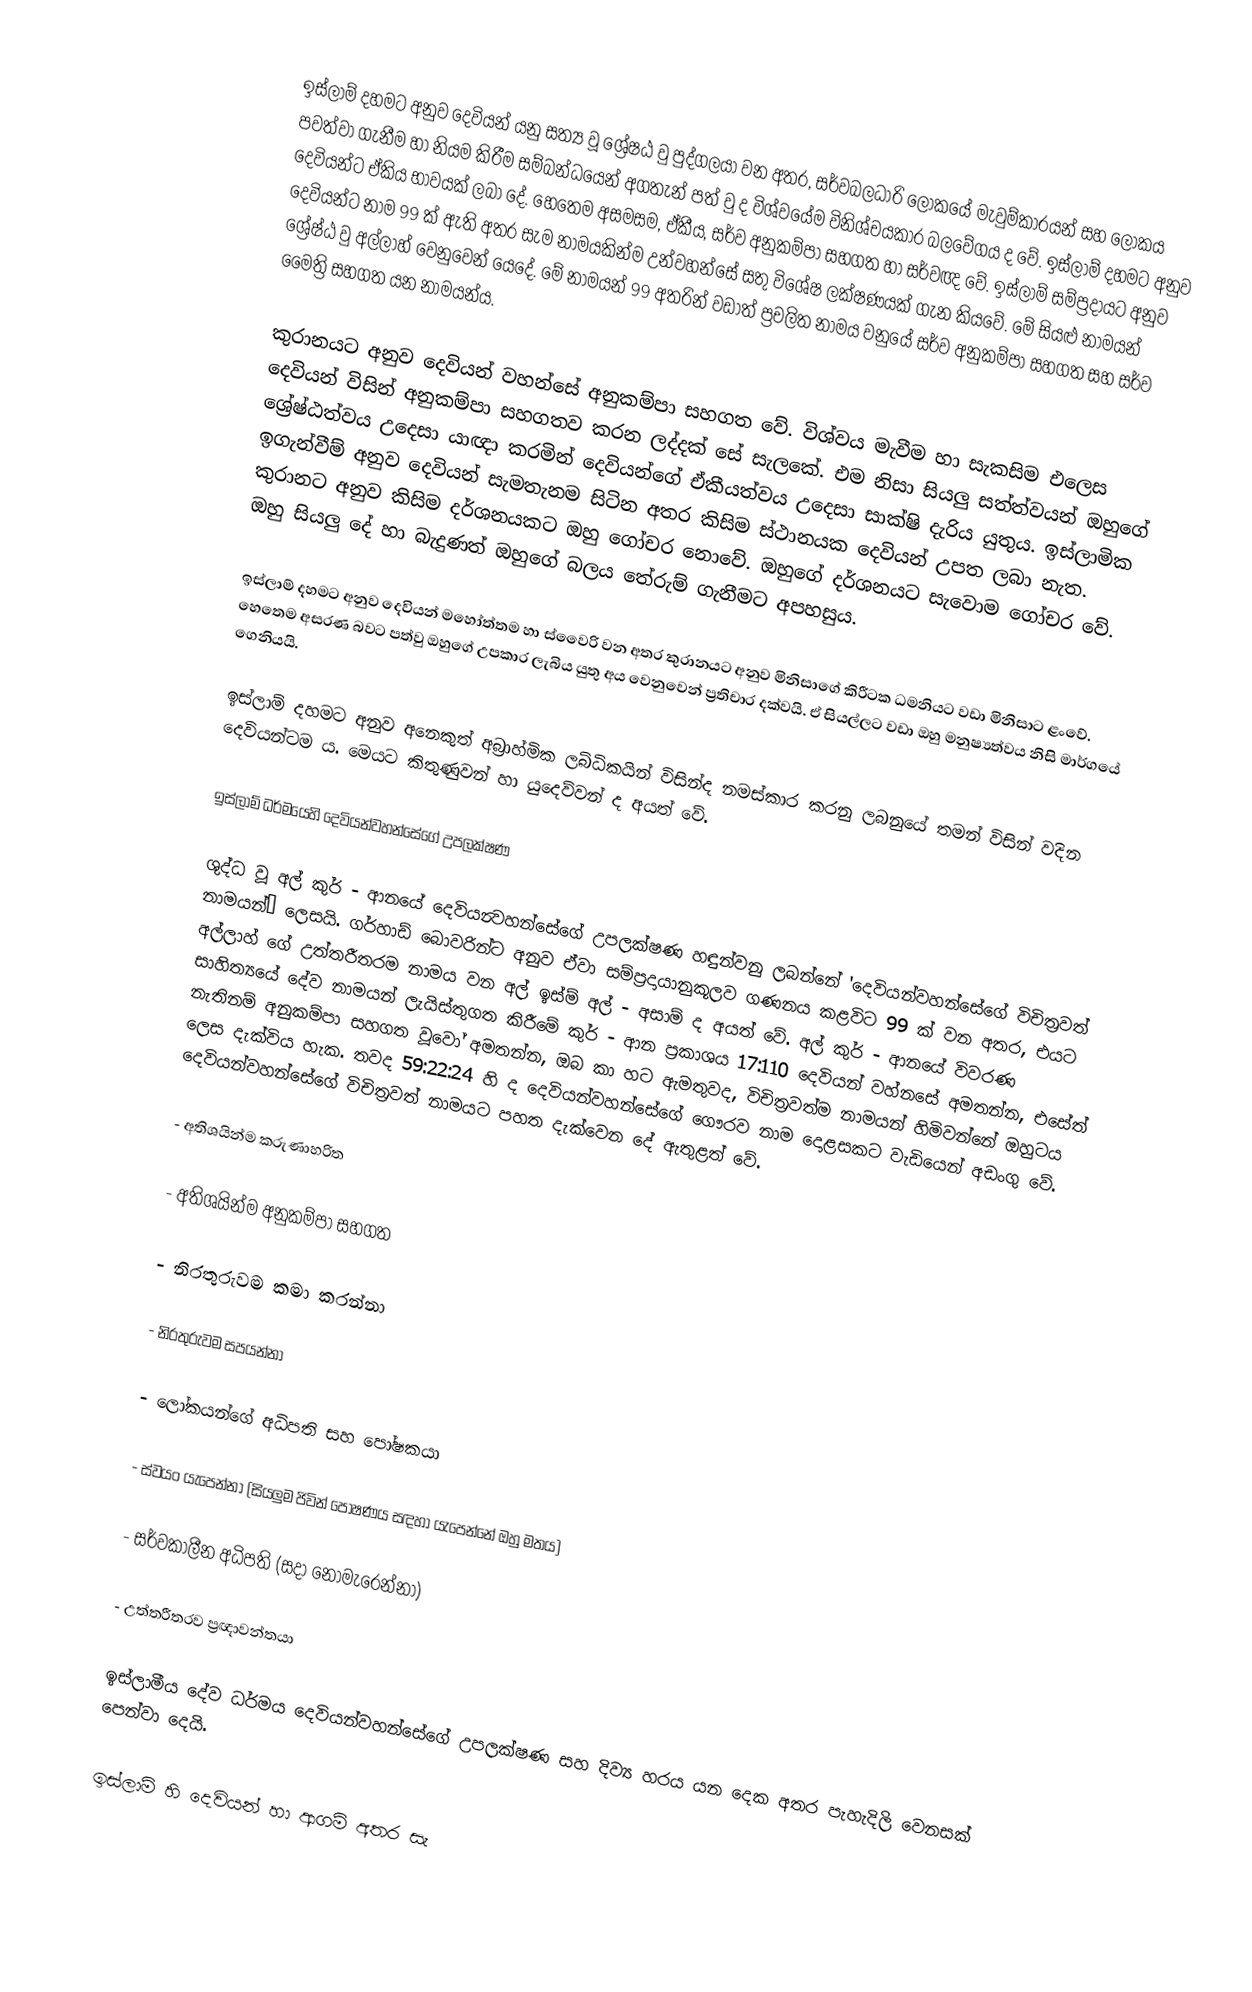
ඉස්ලාම් දහමට අනුව දෙවියන් යනු සත්‍ය වූ ශ්‍රේෂඨ වු පුද්ගලයා වන අතර, සර්වබලධාරි ලෝකයේ මැවුම්කාරයන් සහ ලෝකය පවත්වා ගැනීම හා නියම කිරීම සම්බන්ධයෙන් අගතැන් පත් වු ද විශ්වයේම විනිශ්චයකාර බලවේගය ද වේ. ඉස්ලාම් දහමට අනුව දෙවියන්ට ඒකිය භාවයක් ලබා දේ. හෙතෙම අසමසම, ඒකීය, සර්ව අනුකම්පා සහගත හා සර්වඥ වේ. ඉස්ලාම් සම්ප්‍රදායට අනුව දෙවියන්ට නාම 99 ක් ඇති අතර සැම නාමයකින්ම උන්වහන්සේ සතු විශේෂ ලක්ෂණයක් ගැන කියවේ. මේ සියළු නාමයන් ශ්‍රේෂ්ඨ වු අල්ලාහ් වෙනුවෙන් යෙදේ. මේ නාමයන් 99 අතරින් වඩාත් ප්‍රචලිත නාමය වනුයේ සර්ව අනුකම්පා සහගත සහ සර්ව මෛත්‍රි සහගත යන නාමයන්ය.

කුරානයට අනුව දෙවියන් වහන්සේ අනුකම්පා සහගත වේ. විශ්වය මැවීම හා සැකසිම එලෙස දෙවියන් විසින් අනුකම්පා සහගතව කරන ලද්දක් සේ සැලකේ. එම නිසා සියලු සත්ත්වයන් ඔහුගේ ශ්‍රේෂ්ඨත්වය උදෙසා යාඥා කරමින් දෙවියන්ගේ ඒකීයත්වය උදෙසා සාක්ෂි දැරිය යුතුය. ඉස්ලාමික ඉගැන්වීම් අනුව දෙවියන් සැමතැනම සිටින අතර කිසිම ස්ථානයක දෙවියන් උපත ලබා නැත. කුරානට අනුව කිසිම දර්ශනයකට ඔහු ගෝචර නොවේ. ඔහුගේ දර්ශනයට සැවොම ගෝචර වේ. ඔහු සියලු දේ හා බැදුණත් ඔහුගේ බලය තේරුම් ගැනීමට අපහසුය.

ඉස්ලාම් දහමට අනුව දෙවියන් මහෝත්තම හා ස්වෛරි වන අතර කුරානයට අනුව මිනිසාගේ කිරීටක ධමනියට වඩා මිනිසාට ළංවේ. හෙතෙම අසරණ බවට පත්වු ඔහුගේ උපකාර ලැබිය යුතු අය වෙනුවෙන් ප්‍රතිචාර දක්වයි. ඒ සියල්ලට වඩා ඔහු මනුෂ්‍යත්වය නිසි මාර්ගයේ ගෙනියයි.

ඉස්ලාම් දහමට අනුව ‍අනෙකුත්  අබ්‍රාහ්මික ලබ්ධිකයින් විසින්ද නමස්කාර කරනු ලබනුයේ තමන් විසින් වදින දෙවියන්ටම ය. මෙයට කිතුණුවන් හා යුදෙව්වන් ද අයත් වේ.

ඉස්ලාම් ධර්මයෙහි දෙවියන්වහන්සේගේ උපලක්ෂණ

ශුද්ධ වූ අල් කුර් - ආනයේ දෙවියන්‍වහන්සේගේ උපලක්ෂණ හඳුන්වනු ලබන්නේ 'දෙවියන්වහන්සේගේ විචිත්‍රවත් නාමයන්’ ලෙසයි. ගර්හාඩ් බොවරින්ට අනුව ඒවා සම්ප්‍රදායානුකූලව ගණනය කළවිට  99 ක් වන අතර, එයට අල්ලාහ් ගේ උත්තරීතරම නාමය වන අල් ඉස්ම් අල් - අසාම් ද අයත් වේ. අල් කුර් - ආනයේ විවරණ සාහිත්‍යයේ දේව නාමයන් ලැයිස්තුගත කිරීමේ කුර් - ආන ප්‍රකාශය 17:110 දෙවියන් වහ්නසේ අමතන්න, එසේත් නැතිනම් අනුකම්පා සහගත වූවෝ අමතන්න, ඔබ කා හට ඇමතුවද, විචිත්‍රවත්ම නාමයන් හිමිවන්නේ ඔහුටය ලෙස දැක්විය හැක. තවද 59:22:24 හි ද දෙවියන්වහන්සේගේ ගෞරව නාම දොළසකට වැඩියෙන් අඩංගු වේ. දෙවියන්වහන්සේගේ විචිත්‍රවත් නාමයට පහත දැක්වෙන දේ ඇතුළත් වේ.

-	අතිශයින්ම කරුණාහරිත

-	අතිශයින්ම  අනුකම්පා සහගත

-	නිරතුරුවම කමා කරන්නා

-	නිරතුරුවම සපයන්නා

-	ලෝකයන්ගේ අධිපති සහ පෝෂකයා

-	ස්වයං යැපෙන්නා (සියලුම ජිවින් පෝෂණය සඳහා යැපෙන්නේ ඔහු මතය)

-	සර්වකාලීන අධිපති (සදා නොමැරෙන්නා)

-	උත්තරීතරව ප්‍රඥාවන්තයා

ඉස්ලාමීය දේව ධර්මය දෙවියන්වහන්සේගේ උපලක්ෂණ සහ දිව්‍ය හරය යන දෙක අතර පැහැදිලි වෙනසක් පෙන්වා දෙයි.

ඉස්ලාම් හි දෙවියන් හා ආගම් අතර සැ